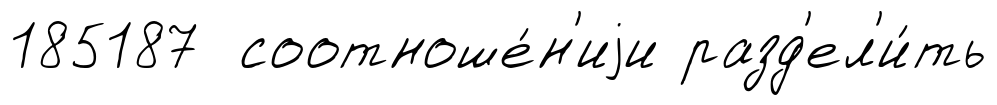
185187 соотноше́н'иjи разд'ел'и́ть